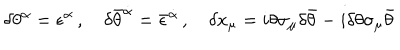
LaTeX: \delta \theta ^ { \alpha } = \epsilon ^ { \alpha } \, , \quad \delta \bar { \theta } ^ { \dot { \alpha } } = \bar { \epsilon } ^ { \dot { \alpha } } \, , \quad \delta x _ { \mu } = i \theta \sigma _ { \mu } \delta \bar { \theta } - i \delta \theta \sigma _ { \mu } \bar { \theta }